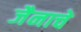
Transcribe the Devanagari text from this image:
जैनाचे